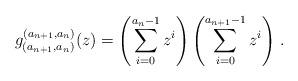
LaTeX: \begin{align*}g_{(a_{n+1},a_{n})}^{(a_{n+1},a_{n})}(z)=\left( \sum_{i=0}^{a_n-1}z^i\right)\left( \sum_{i=0}^{a_{n+1}-1}z^i\right) \, .\end{align*}